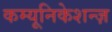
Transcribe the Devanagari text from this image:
कम्यूनिकेशन्ज़